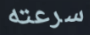
سرعته